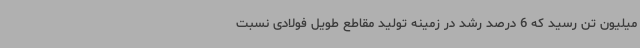
میلیون تن رسید که 6 درصد رشد در زمینه تولید مقاطع طویل فولادی نسبت